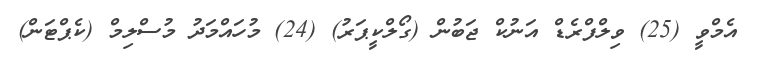
އެމްވީ (25) ވިލްފްރެޑް އަނުކް ޖަބުން (ގޯލްކީޕަރު) (24) މުހައްމަދު މުސްލިމް (ކެޕްޓަން)